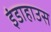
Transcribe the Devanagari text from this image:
इंडाहाउस